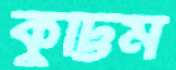
কুট্টিম